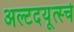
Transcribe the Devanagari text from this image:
अल्टदयूत्स्चे